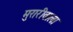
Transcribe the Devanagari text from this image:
मुरारीवाला